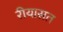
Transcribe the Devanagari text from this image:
रीयासत